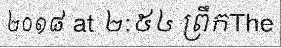
២០១៨ at ២:៥៤ ព្រឹកThe